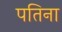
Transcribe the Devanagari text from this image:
पतिना